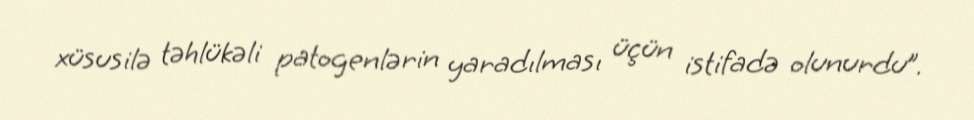
xüsusilə təhlükəli patogenlərin yaradılması üçün istifadə olunurdu”.